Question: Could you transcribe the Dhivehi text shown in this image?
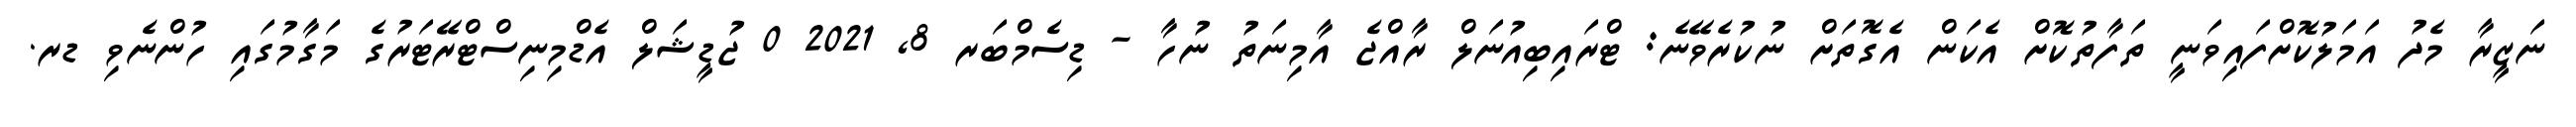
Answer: ނަޒީރާ މެދު އަމަލުކޮށްފައިވަނީ ތަފާތުކޮށް އެކަން އެގޮތަށް ނުކުރެވޭނެ: ޓްރައިބިއުނަލް ރާއްޖެ އާމިނަތު ނުހާ - ޑިސެމްބަރ 8, 2021 0 ޖުޑީޝަލް އެޑްމިނިސްޓްރޭޓަރުގެ މަގާމުގައި ހުންނެވި ޑރ.